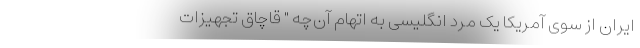
ایران از سوی آمریکا یک مرد انگلیسی به اتهام آن‌چه " قاچاق تجهیزات